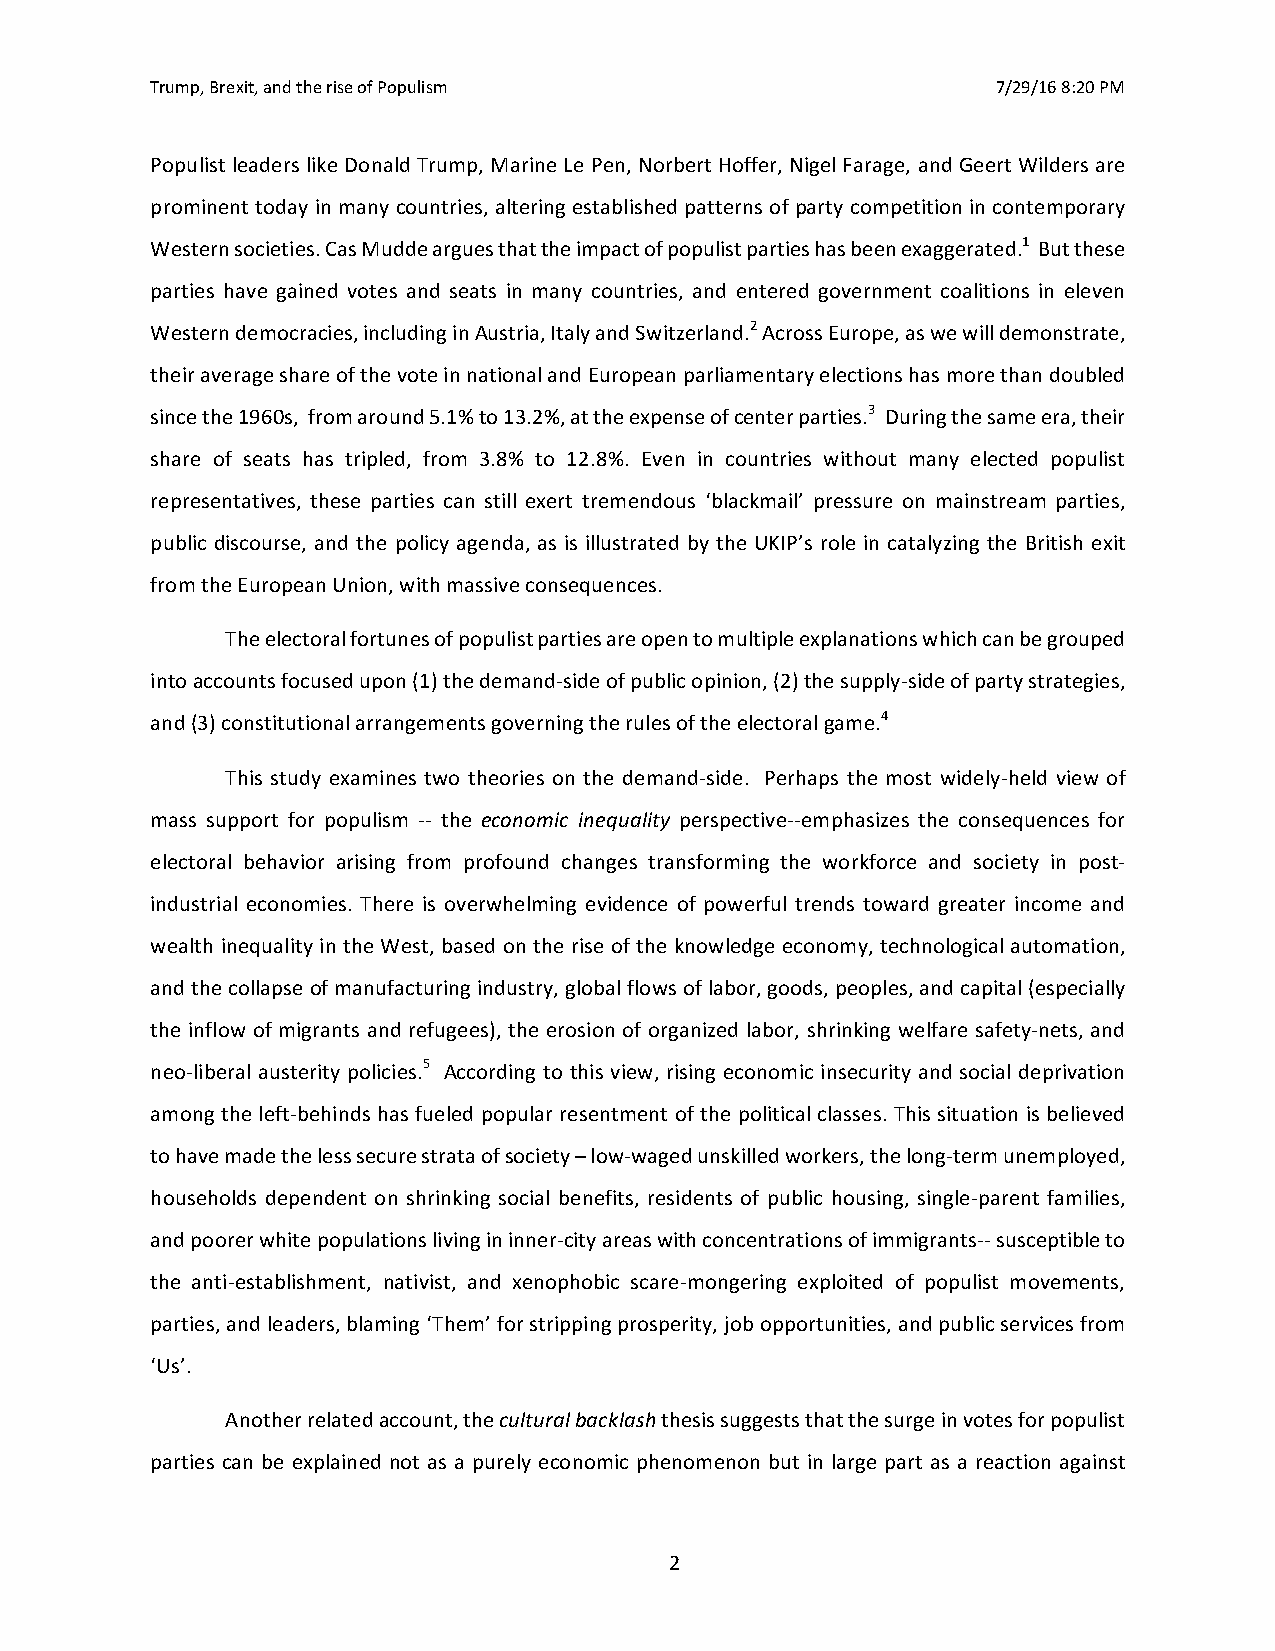
Trump, Brexit, and the rise of Populism                 7/29/16 8:20 PM
 Populist leaders like Donald Trump, Marine Le Pen, Norbert Hoffer, Nigel Farage, and Geert Wilders are
 prominent today in many countries, altering established patterns of party competition in contemporary
 Western societies. Cas Mudde argues that the impact of populist parties has been exaggerated.1 But these
 parties have gained votes and seats in many countries, and entered government coalitions in eleven
 Western democracies, including in Austria, Italy and Switzerland.2 Across Europe, as we will demonstrate,
 their average share of the vote in national and European parliamentary elections has more than doubled
 since the 1960s, from around 5.1% to 13.2%, at the expense of center parties.3 During the same era, their
 share of seats has tripled, from 3.8% to 12.8%. Even in countries without many elected populist
 representatives, these parties can still exert tremendous ‘blackmail’ pressure on mainstream parties,
 public discourse, and the policy agenda, as is illustrated by the UKIP’s role in catalyzing the British exit
 from the European Union, with massive consequences.
 The electoral fortunes of populist parties are open to multiple explanations which can be grouped
 into accounts focused upon (1) the demand-side of public opinion, (2) the supply-side of party strategies,
 and (3) constitutional arrangements governing the rules of the electoral game.4
 This study examines two theories on the demand-side. Perhaps the most widely-held view of
 mass support for populism -- the economic inequality perspective--emphasizes the consequences for
 electoral behavior arising from profound changes transforming the workforce and society in post-
 industrial economies. There is overwhelming evidence of powerful trends toward greater income and
 wealth inequality in the West, based on the rise of the knowledge economy, technological automation,
 and the collapse of manufacturing industry, global flows of labor, goods, peoples, and capital (especially
 the inflow of migrants and refugees), the erosion of organized labor, shrinking welfare safety-nets, and
 neo-liberal austerity policies.5 According to this view, rising economic insecurity and social deprivation
 among the left-behinds has fueled popular resentment of the political classes. This situation is believed
 to have made the less secure strata of society – low-waged unskilled workers, the long-term unemployed,
 households dependent on shrinking social benefits, residents of public housing, single-parent families,
 and poorer white populations living in inner-city areas with concentrations of immigrants-- susceptible to
 the anti-establishment, nativist, and xenophobic scare-mongering exploited of populist movements,
 parties, and leaders, blaming ‘Them’ for stripping prosperity, job opportunities, and public services from
 ‘Us’.
 Another related account, the cultural backlash thesis suggests that the surge in votes for populist
 parties can be explained not as a purely economic phenomenon but in large part as a reaction against
 2